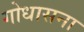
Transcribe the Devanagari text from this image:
गोधासना